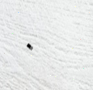
٠